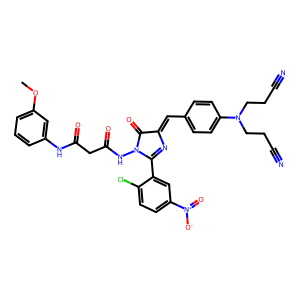
SMILES: COc1cccc(NC(=O)CC(=O)NN2C(=O)C(=Cc3ccc(N(CCC#N)CCC#N)cc3)N=C2c2cc([N+](=O)[O-])ccc2Cl)c1
Inhibits HIV replication: No